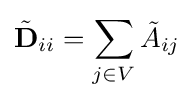
{\tilde {\mathbf {D} }}_{ii}=\sum _{j\in V}{\tilde {A}}_{ij}